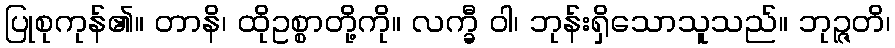
ပြုစုကုန်၏။ တာနိ၊ ထိုဥစ္စာတို့ကို။ လက္ခီ ဝါ၊ ဘုန်းရှိသောသူသည်။ ဘုဉ္ဇတိ၊